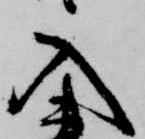
入